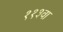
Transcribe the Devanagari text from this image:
११३वा